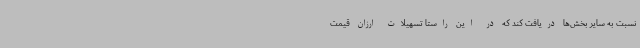
نسبت به سایر بخش‌ها دریافت کند که در این راستا تسهیلات ارزان قیمت